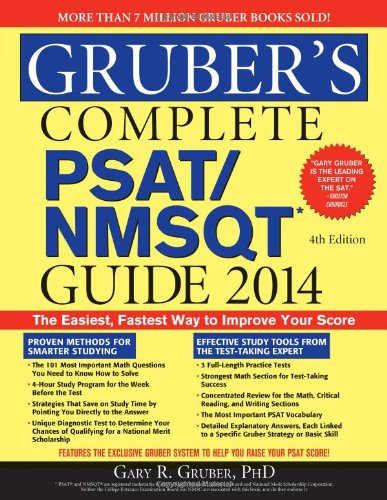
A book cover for Gruber's Complete PSAT/NMSQT Guide 2014; Gary Gruber; Test Preparation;